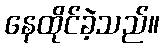
နေထိုင်ခဲ့သည်။